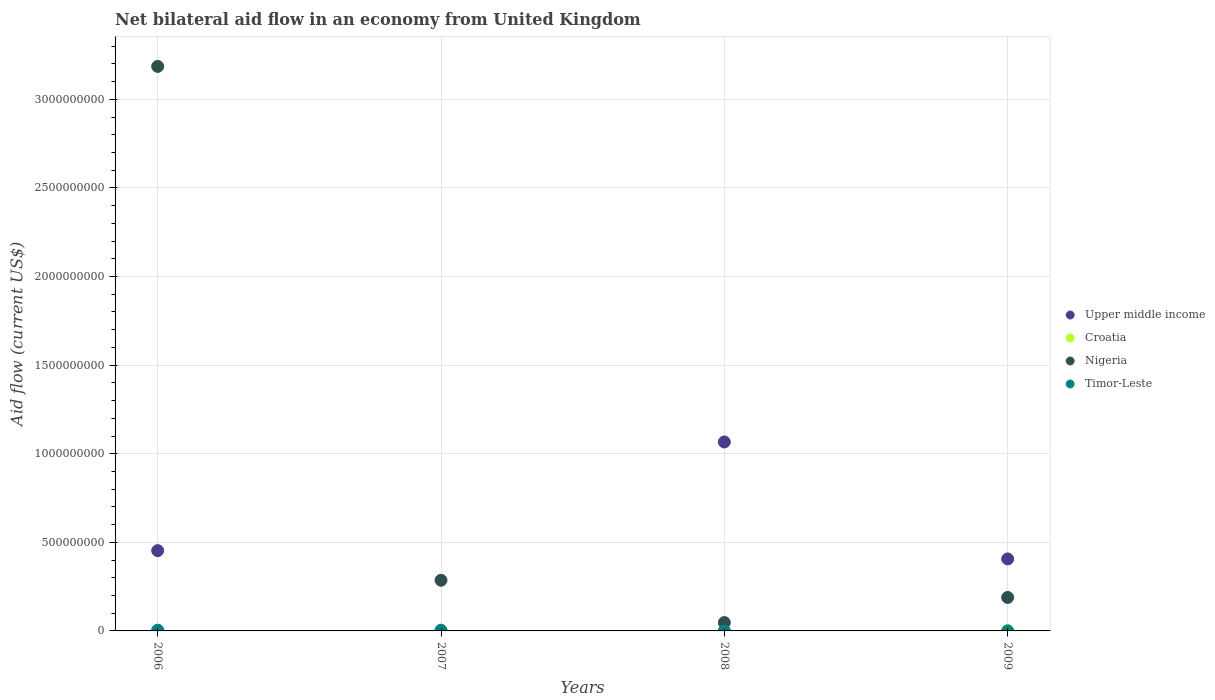
| Years | Upper middle income | Croatia | Nigeria | Timor-Leste |
 | --- | --- | --- | --- | --- |
 | 2006 | 4.53e+08 | 3.1e+05 | 3.19e+09 | 4.21e+06 |
 | 2007 | -1.82e+08 | 1.05e+06 | 2.86e+08 | 4e+06 |
 | 2008 | 1.07e+09 | 1.41e+06 | 4.72e+07 | 2.3e+05 |
 | 2009 | 4.06e+08 | 1.87e+06 | 1.89e+08 | 1.1e+05 |